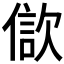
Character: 𣣢